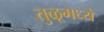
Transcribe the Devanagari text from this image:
तुळूमध्ये